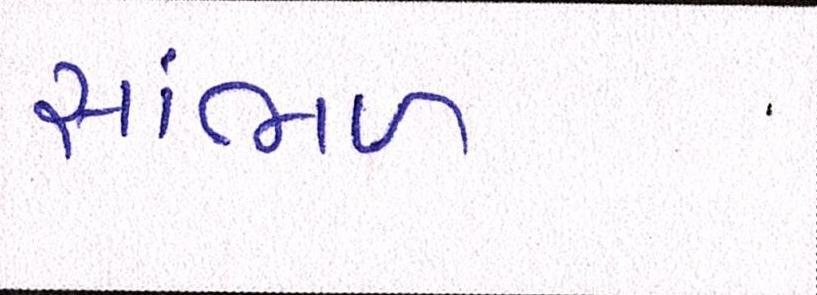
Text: સાંભળ